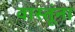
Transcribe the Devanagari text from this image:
वास्तूंना